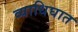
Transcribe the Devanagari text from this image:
व्याधिघात